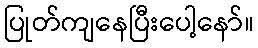
ပြုတ်ကျနေပြီးပေါ့နော်။